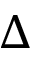
\Delta